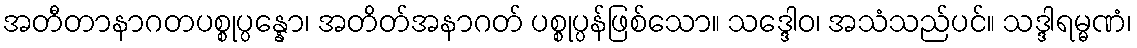
အတီတာနာဂတပစ္စုပ္ပန္နော၊ အတိတ်အနာဂတ် ပစ္စုပ္ပန်ဖြစ်သော။ သဒ္ဒေါဝ၊ အသံသည်ပင်။ သဒ္ဒါရမ္မဏံ၊